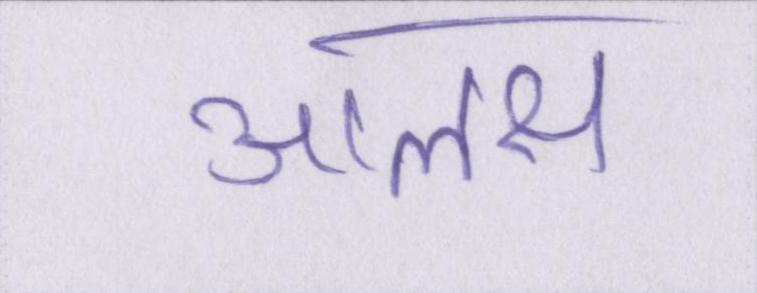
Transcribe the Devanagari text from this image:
आलस